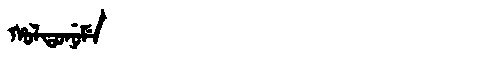
Manchu: ᡥᠣᠯᡨᠣᠨᡠᠮᡝ
Romanization: HOLTONUME